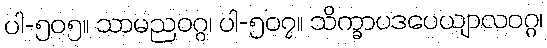
ပါ-၅၀၅။ သာမညဝဂ္ဂ၊ ပါ-၅၀၇။ သိက္ခာပဒပေယျာလဝဂ္ဂ၊